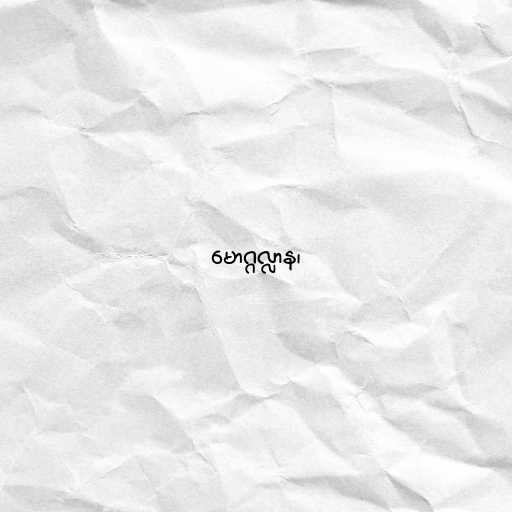
မောဂ္ဂလ္လာန၊